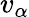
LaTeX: v_{\alpha}